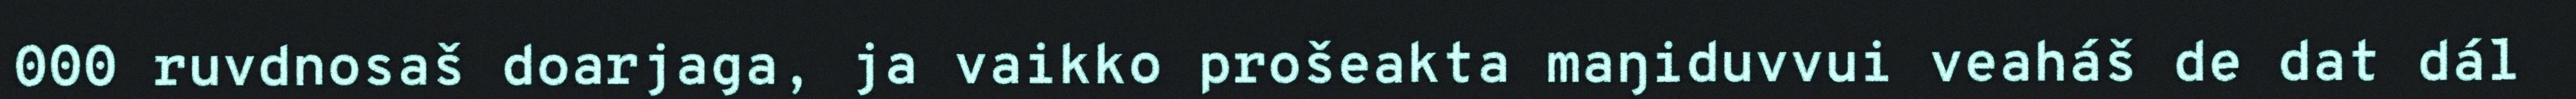
000 ruvdnosaš doarjaga, ja vaikko prošeakta maŋiduvvui veaháš de dat dál